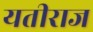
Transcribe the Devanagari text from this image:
यतीराज